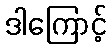
ဒါကြောင့်